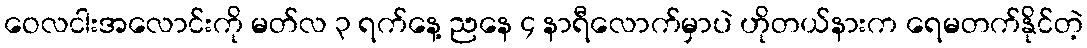
ဝေလငါးအလောင်းကို မတ်လ ၃ ရက်နေ့ ညနေ ၄ နာရီလောက်မှာပဲ ဟိုတယ်နားက ရေမတက်နိုင်တဲ့